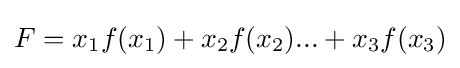
F=x_{1}f(x_{1})+x_{2}f(x_{2})...+x_{3}f(x_{3})